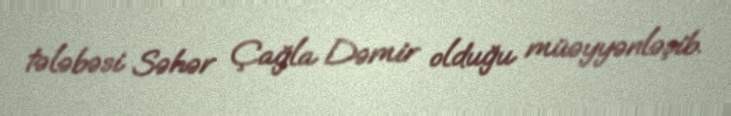
tələbəsi Səhər Çağla Dəmir olduğu müəyyənləşib.